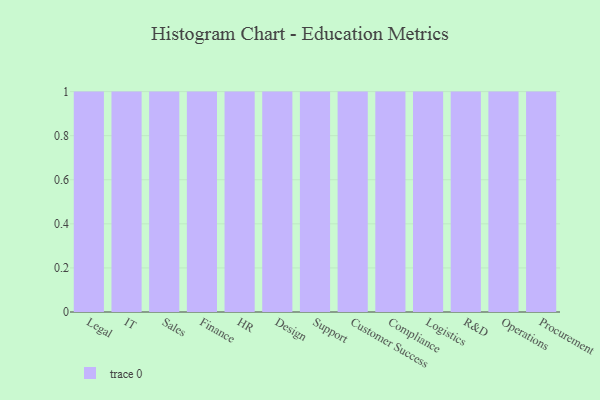
{"axis": {"x": "Department", "y": "Humidity (%)"}, "legend": [""], "data": [{"x": "Legal", "y": 86, "type": ""}, {"x": "IT", "y": 1, "type": ""}, {"x": "Sales", "y": 75, "type": ""}, {"x": "Finance", "y": 33, "type": ""}, {"x": "HR", "y": 62, "type": ""}, {"x": "Design", "y": 28, "type": ""}, {"x": "Support", "y": 49, "type": ""}, {"x": "Customer Success", "y": 19, "type": ""}, {"x": "Compliance", "y": 59, "type": ""}, {"x": "Logistics", "y": 95, "type": ""}, {"x": "R&D", "y": 13, "type": ""}, {"x": "Operations", "y": 84, "type": ""}, {"x": "Procurement", "y": 25, "type": ""}]}